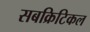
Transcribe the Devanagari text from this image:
सबक्रिटिकल